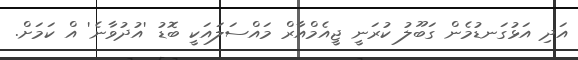
އަދި އަޅުގަނޑުމެން ގަބޫލު ކުރަނީ ޖީއެމްއާރް މައްސަލައަކީ ބޮޑު 'އުދުވާނެ' އް ކަމަށް.